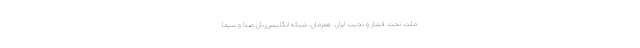
ملت تحت فشار و نجیب ایران. همزمان، شبکه‌ انگلیسی‌زبان صدا و سیما